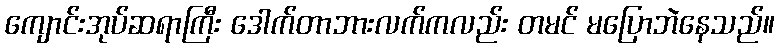
ကျောင်းအုပ်ဆရာကြီး ဒေါက်တာဘားလက်ကလည်း တမင် မပြောဘဲနေသည်။